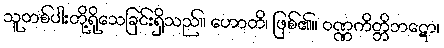
သူတစ်ပါးတို့ရိုသေခြင်းရှိသည်။ ဟောတိ၊ ဖြစ်၏။ ဝဏ္ဏကိတ္တိဘဋော၊